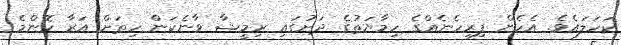
ކަހަލައެވެ. އެހެން ފިރިހެނެއްގެ ހިމާޔަތުގެ ދަށުގައި ރިމީޝާ ވާނެކަން ހިތަށް އަރާ ކޮންމެ